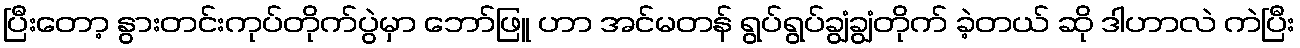
ပြီးတော့ နွားတင်းကုပ်တိုက်ပွဲမှာ ဘော်ဖြူ ဟာ အင်မတန် ရွပ်ရွပ်ချွံချွံတိုက် ခဲ့တယ် ဆို ဒါဟာလဲ ကဲပြီး